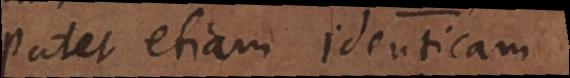
Patet etiam identicam